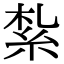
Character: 紮